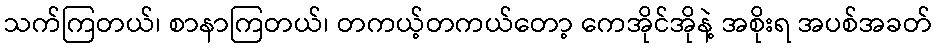
သက်ကြတယ်၊ စာနာကြတယ်၊ တကယ့်တကယ်တော့ ကေအိုင်အိုနဲ့ အစိုးရ အပစ်အခတ်